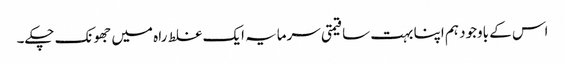
اس کے باوجود ہم اپنا بہت سا قیمتی سرمایہ ایک غلط راہ میں جھونک چکے۔